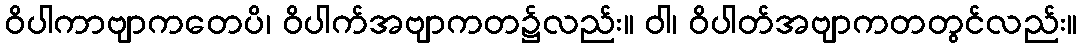
ဝိပါကာဗျာကတေပိ၊ ဝိပါက်အဗျာကတ၌လည်း။ ဝါ၊ ဝိပါတ်အဗျာကတတွင်လည်း။